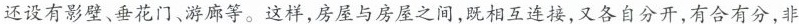
还设有影壁、垂花门、游廊等。这样，房屋与房屋之间，既相互连接，又各自分开，有合有分，非